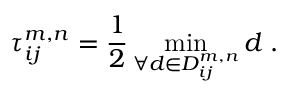
\tau _ { i j } ^ { m , n } = \frac { 1 } { 2 } \operatorname* { m i n } _ { \forall d \in D _ { i j } ^ { m , n } } d \; .